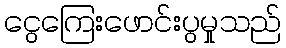
ငွေကြေးဖောင်းပွမှုသည်